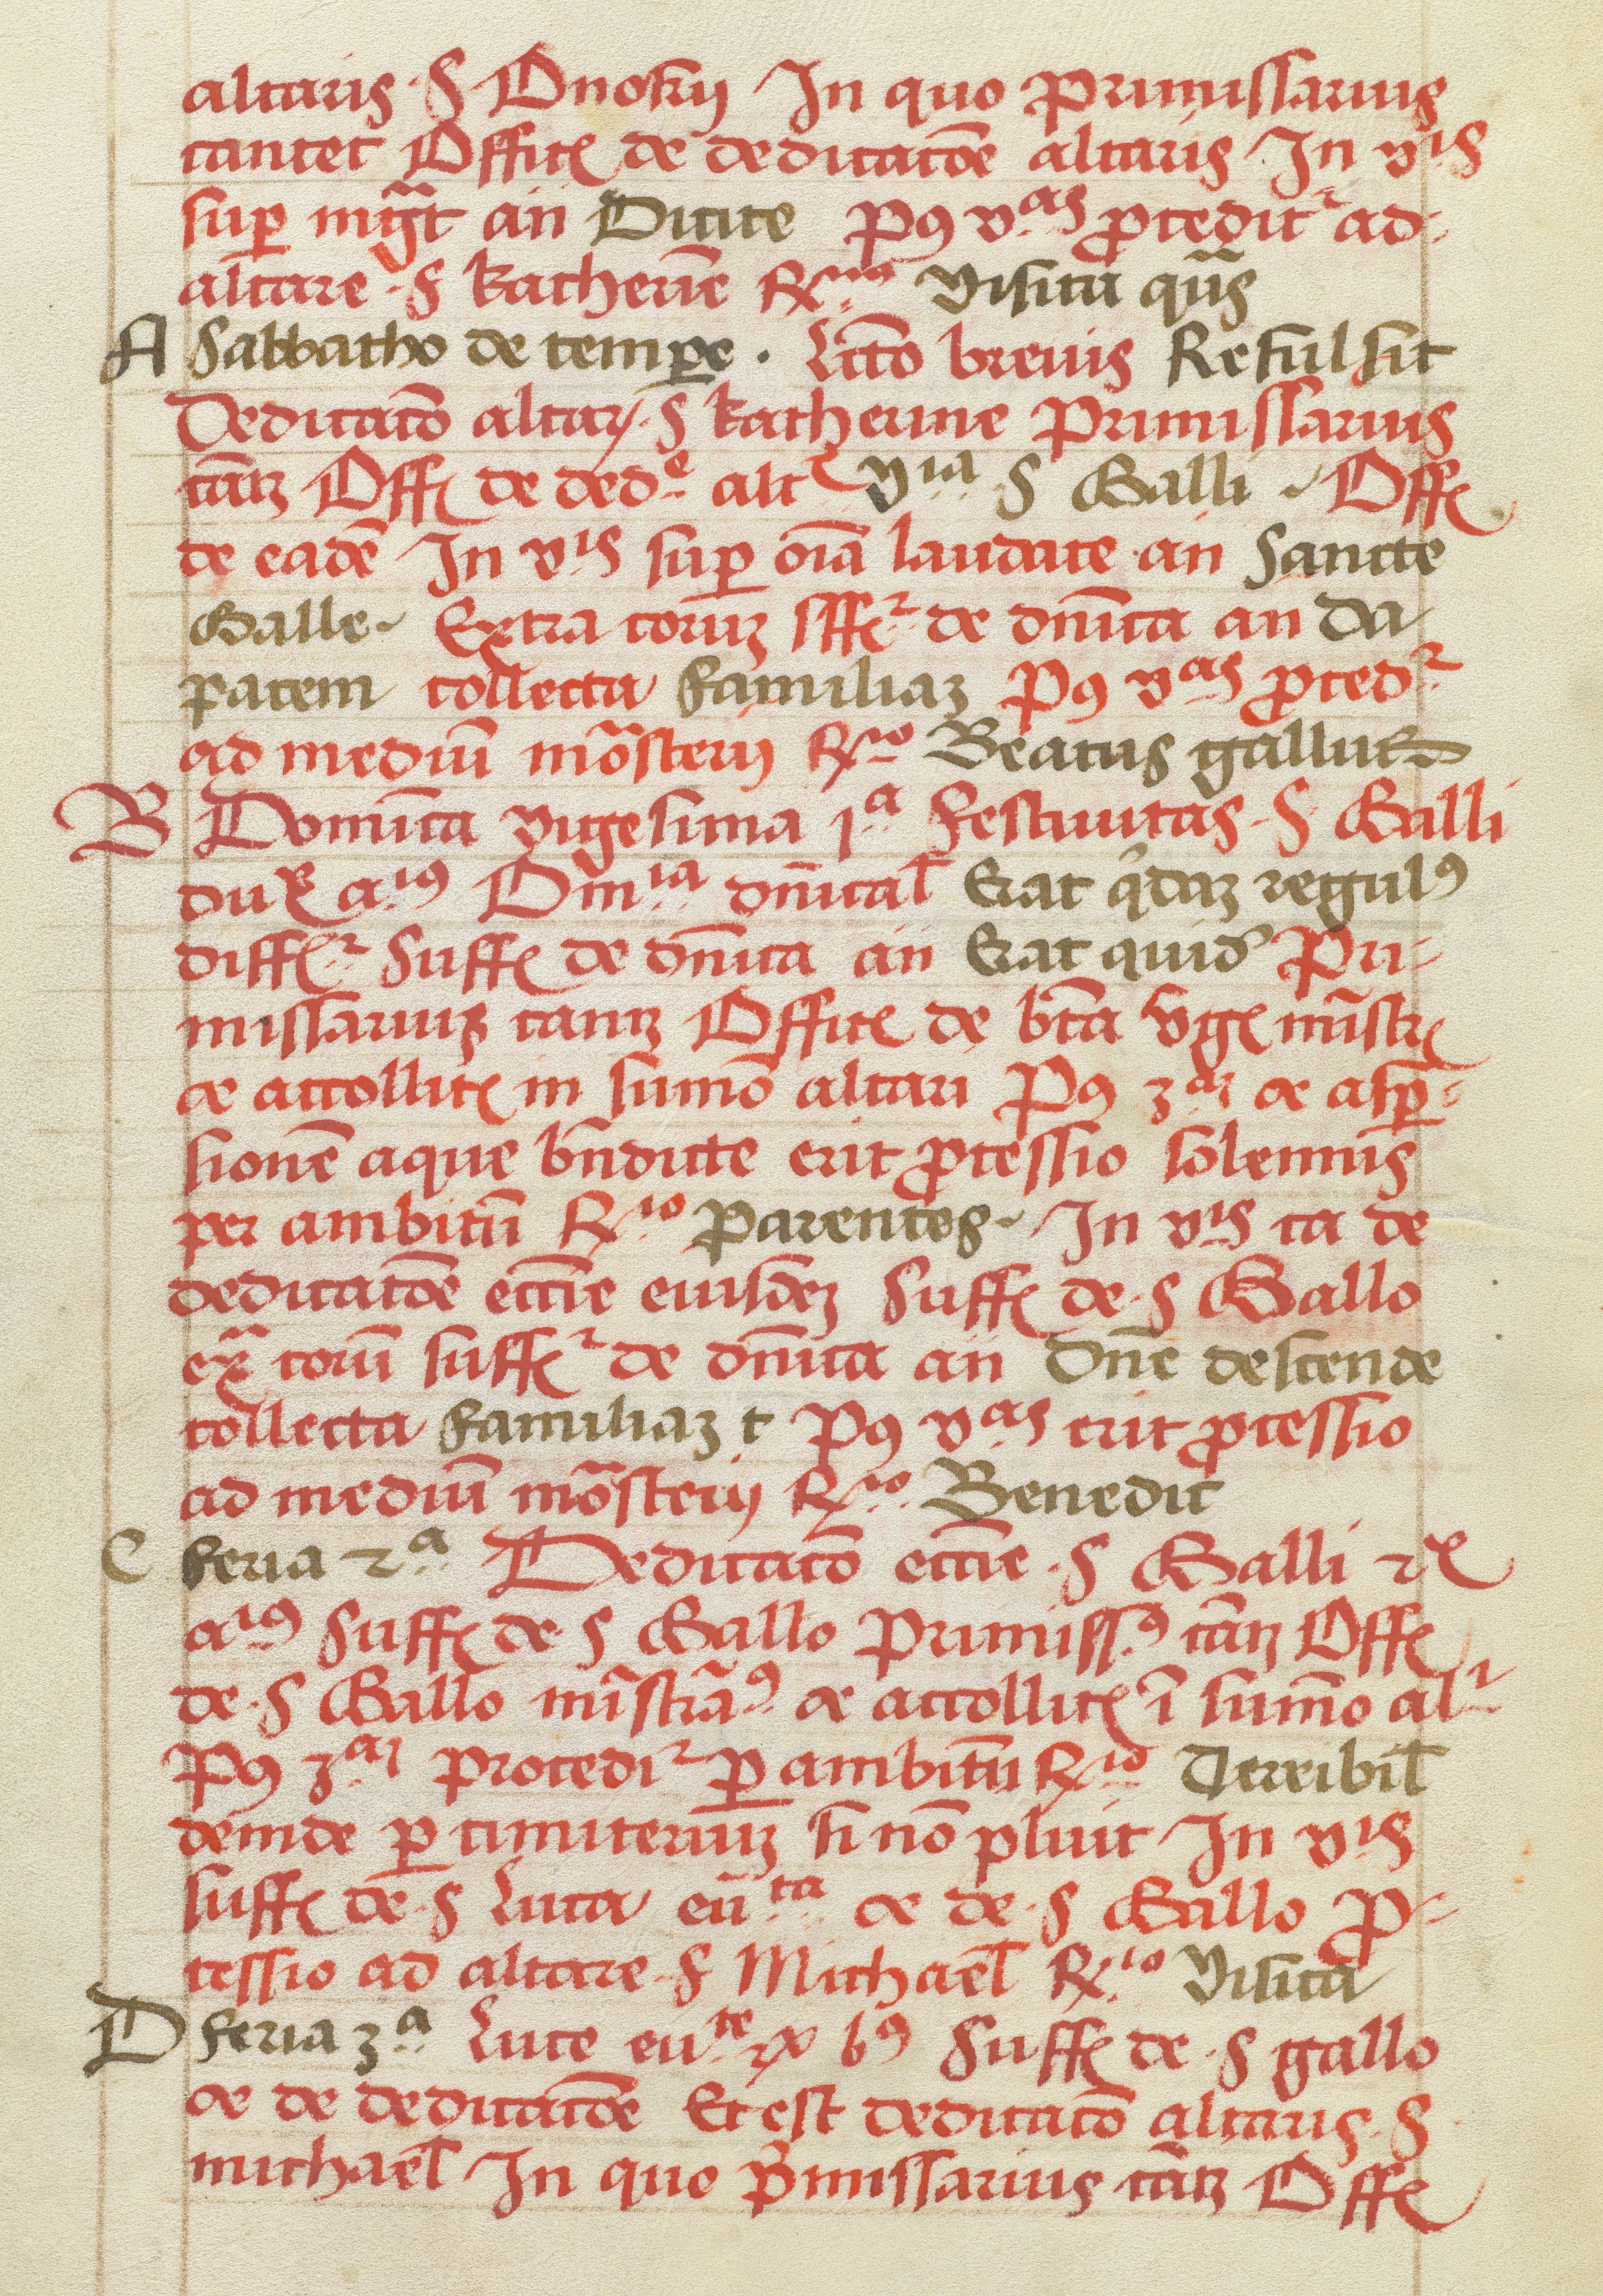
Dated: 1505–1535